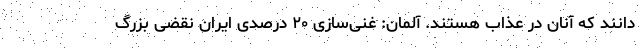
دانند که آنان در عذاب هستند. آلمان: غنی‌سازی ۲۰ درصدی ایران نقضی بزرگ